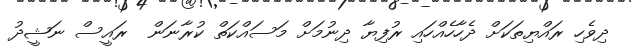
ދިވެހި ރައްޔިތަކަށް ދެހާހެއްހައި ރުފިޔާ ދިނުމަށް މަސައްކަތް ކުރާނަން  ރައީސް ނަޝީދު